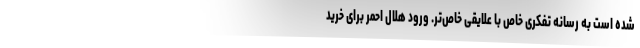
شده است به رسانه تفکری خاص با علایقی خاص‌تر. ورود هلال احمر برای خرید